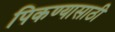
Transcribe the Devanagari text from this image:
पिकण्यासाठी